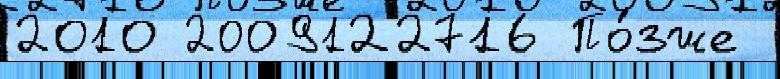
2010 2009122716 По́зже